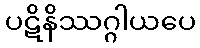
ပဋိနိဿဂ္ဂါယပေ